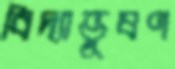
বিদ্যাভূষণ